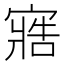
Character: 𭔏